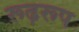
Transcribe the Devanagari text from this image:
रूढ़रूप